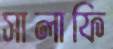
সালাফি